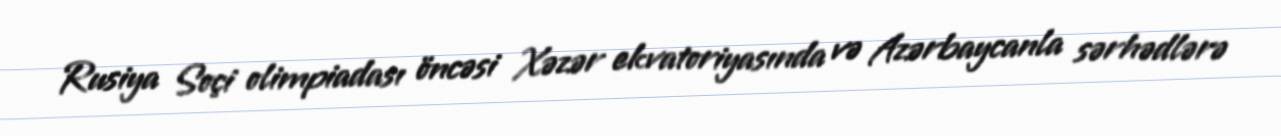
Rusiya Soçi olimpiadası öncəsi Xəzər ekvatoriyasında və Azərbaycanla sərhədlərə